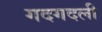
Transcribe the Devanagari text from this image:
गदगदली